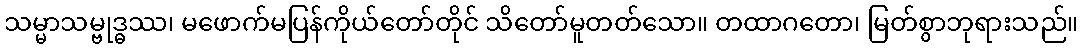
သမ္မာသမ္ဗုဒ္ဓဿ၊ မဖောက်မပြန်ကိုယ်တော်တိုင် သိတော်မူတတ်သော။ တထာဂတော၊ မြတ်စွာဘုရားသည်။